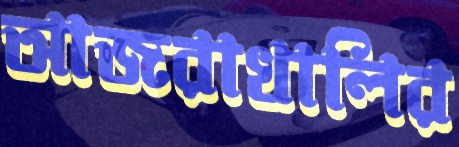
আজরাখালির